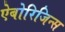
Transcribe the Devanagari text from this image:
ऐबोरिजिन्स